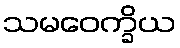
သမဝေက္ခိယ